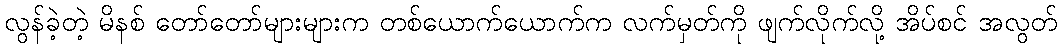
လွန်ခဲ့တဲ့ မိနစ် တော်တော်များများက တစ်ယောက်ယောက်က လက်မှတ်ကို ဖျက်လိုက်လို့ အိပ်စင် အလွတ်